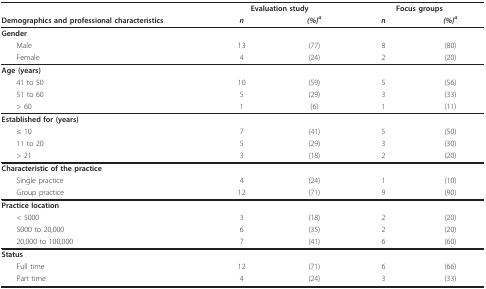
<table><thead><tr><td></td><td colspan="2"><b>Evaluation study</b></td><td colspan="2"><b>Focus groups</b></td></tr><tr><td><b>Demographics and professional characteristics</b></td><td><b><i>n</i></b></td><td><b><i>(%)</i><sup><i>a</i></sup></b></td><td><b><i>n</i></b></td><td><b><i>(%)</i><sup><i>a</i></sup></b></td></tr></thead><tbody><tr><td><b>Gender</b></td><td></td><td></td><td></td><td></td></tr><tr><td> Male</td><td>13</td><td>(77)</td><td>8</td><td>(80)</td></tr><tr><td> Female</td><td>4</td><td>(24)</td><td>2</td><td>(20)</td></tr><tr><td><b>Age (years)</b></td><td></td><td></td><td></td><td></td></tr><tr><td> 41 to 50</td><td>10</td><td>(59)</td><td>5</td><td>(56)</td></tr><tr><td> 51 to 60</td><td>5</td><td>(29)</td><td>3</td><td>(33)</td></tr><tr><td> &gt; 60</td><td>1</td><td>(6)</td><td>1</td><td>(11)</td></tr><tr><td><b>Established for (years)</b></td><td></td><td></td><td></td><td></td></tr><tr><td> ≤ 10</td><td>7</td><td>(41)</td><td>5</td><td>(50)</td></tr><tr><td> 11 to 20</td><td>5</td><td>(29)</td><td>3</td><td>(30)</td></tr><tr><td> &gt; 21</td><td>3</td><td>(18)</td><td>2</td><td>(20)</td></tr><tr><td><b>Characteristic of the practice</b></td><td></td><td></td><td></td><td></td></tr><tr><td> Single practice</td><td>4</td><td>(24)</td><td>1</td><td>(10)</td></tr><tr><td> Group practice</td><td>12</td><td>(71)</td><td>9</td><td>(90)</td></tr><tr><td><b>Practice location</b></td><td></td><td></td><td></td><td></td></tr><tr><td> &lt; 5000</td><td>3</td><td>(18)</td><td>2</td><td>(20)</td></tr><tr><td> 5000 to 20,000</td><td>6</td><td>(35)</td><td>2</td><td>(20)</td></tr><tr><td> 20,000 to 100,000</td><td>7</td><td>(41)</td><td>6</td><td>(60)</td></tr><tr><td><b>Status</b></td><td></td><td></td><td></td><td></td></tr><tr><td> Full time</td><td>12</td><td>(71)</td><td>6</td><td>(66)</td></tr><tr><td> Part time</td><td>4</td><td>(24)</td><td>3</td><td>(33)</td></tr></tbody></table>